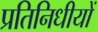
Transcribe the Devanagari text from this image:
प्रतिनिधीयों